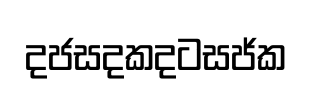
දජසදකදටසජ්ක